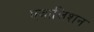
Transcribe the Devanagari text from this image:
एबालिशन